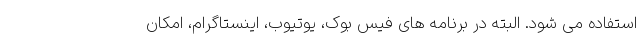
استفاده می شود. البته در برنامه های فیس بوک، یوتیوب، اینستاگرام، امکان